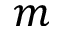
m